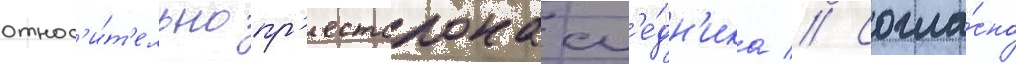
относ'и́т'ельно пр'естолонасл'е́дн'ика // Согла́сно